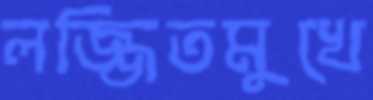
লজ্জিতমুখে